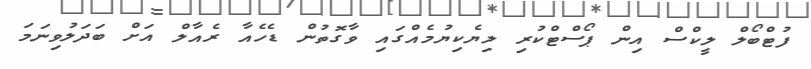
ފުޓްބޯލް ލީކްސް އިން ޕޯސްޓްކުރި ލިޔެކިޔުމެއްގައި ވާގޮތުން ޑެހެއާ ރެއާލް އަށް ބަދަލުވިނަމަ